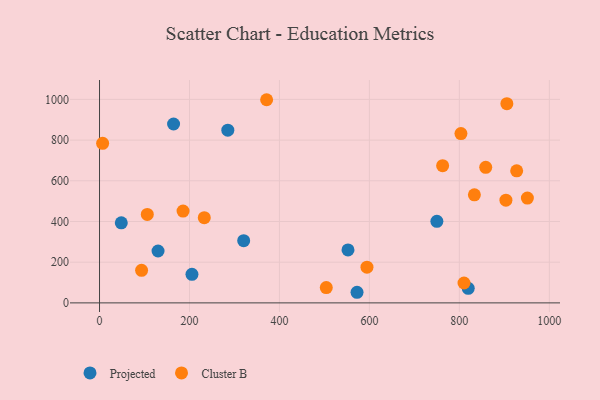
{"axis": {"x": "Price", "y": "Sales"}, "legend": ["Cluster B", "Projected"], "data": [{"x": "572.5", "y": 52.1, "type": "Projected"}, {"x": "750.0", "y": 400.6, "type": "Projected"}, {"x": "48.4", "y": 393.5, "type": "Projected"}, {"x": "205.5", "y": 140.5, "type": "Projected"}, {"x": "285.2", "y": 848.6, "type": "Projected"}, {"x": "819.7", "y": 71.6, "type": "Projected"}, {"x": "130.1", "y": 254.9, "type": "Projected"}, {"x": "164.6", "y": 879.1, "type": "Projected"}, {"x": "320.5", "y": 305.9, "type": "Projected"}, {"x": "552.4", "y": 260.2, "type": "Projected"}, {"x": "6.9", "y": 784.0, "type": "Cluster B"}, {"x": "371.5", "y": 998.5, "type": "Cluster B"}, {"x": "106.2", "y": 434.8, "type": "Cluster B"}, {"x": "858.6", "y": 666.3, "type": "Cluster B"}, {"x": "762.8", "y": 674.2, "type": "Cluster B"}, {"x": "905.6", "y": 978.9, "type": "Cluster B"}, {"x": "927.4", "y": 649.0, "type": "Cluster B"}, {"x": "803.5", "y": 832.3, "type": "Cluster B"}, {"x": "810.3", "y": 97.7, "type": "Cluster B"}, {"x": "833.4", "y": 531.2, "type": "Cluster B"}, {"x": "504.1", "y": 75.2, "type": "Cluster B"}, {"x": "903.5", "y": 505.0, "type": "Cluster B"}, {"x": "185.7", "y": 451.4, "type": "Cluster B"}, {"x": "93.5", "y": 159.9, "type": "Cluster B"}, {"x": "594.6", "y": 175.4, "type": "Cluster B"}, {"x": "232.9", "y": 418.8, "type": "Cluster B"}, {"x": "951.2", "y": 515.1, "type": "Cluster B"}]}